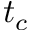
t _ { c }